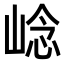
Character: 𡹓